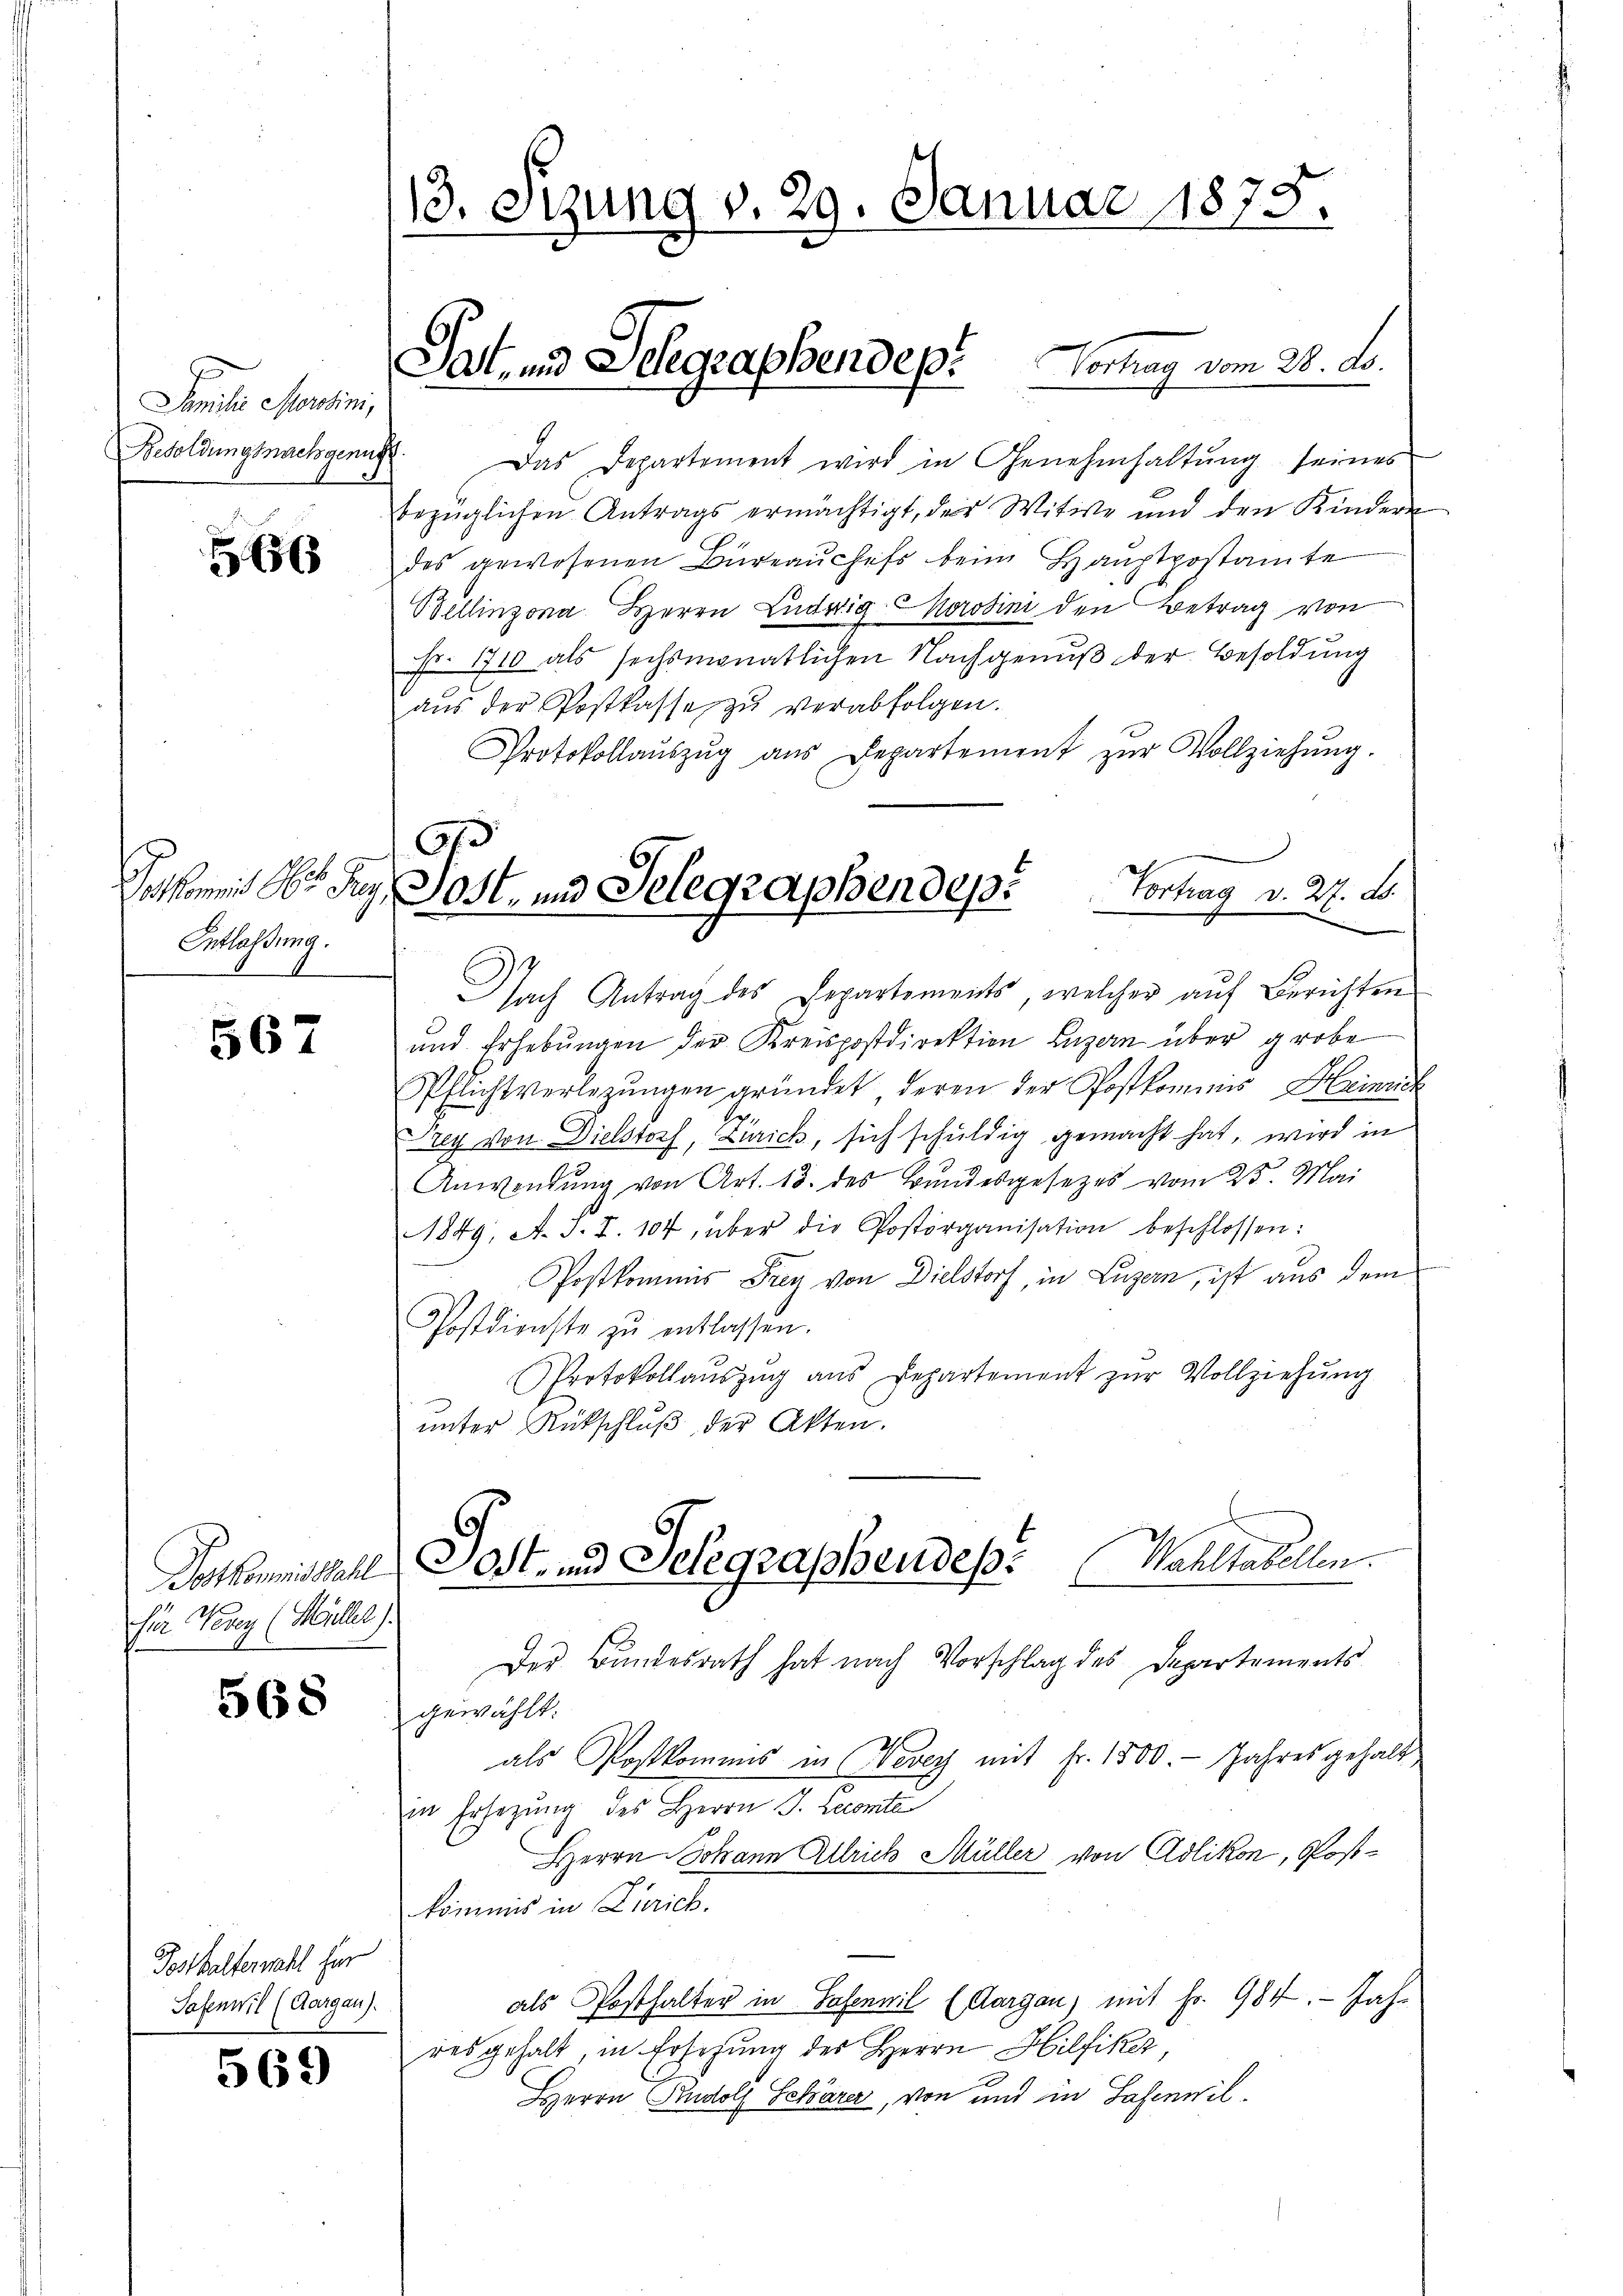
Familie Mordini,
Besoldungsnachgenugt

6

Entlassung.

567

Dotkommis Wahl
fir Krey (Müller.

568

Posthalterwahl für
Sasenwil (Aargau).

569

Das Departement wird in Genehmhaltŭng seines
bezüglichen Antrags ermächtigt, der Witwe und den Kindern
des gewesenen Büreaŭchefs beim Hauptpostamte
Bellinzona Herrn Ludwig Karolini den Betrag von
Fr. 1710 als sechsmonatlichen Nachgenuß der Besoldung
aŭs der Postkasse zŭ verabfolgen.
Protokollaŭszŭg aŭs Departement zŭr Vollziehŭng.
A
Pathes Ober der Post- und Telegraphen des Vortrag v. 27. B.

13. Sizung v. 29. Januar 1875.

Sat- und Schgraphendept vom 28. ds.

Nach Antrag des Departements, welcher auf Berichten
und Erhebungen der Kreispostdirektion Luzern über grobe
Pflichtverlegungen gründet, deren der Postkommis Heinric
Frey von Dielstorf, Zürich, sich schuldig gemacht hat, wird in
Anwendung von Art. 13. des Bundesgesezes vom 23. Mai
1849, A. J. I. 104, über die Postorganisation beschlossen:
Postkommis Frey von Dielstorf, in Luzern, ist aus dem
Postdienste zu entlassen.
Protokollaŭszŭg ans Departement zŭr Vollziehŭng
unter Rückschluß der Akten.
Dost- und Selegraphendes. Wahltabellen.
Der Bundesrath hat nach Vorschlag des Departements
gewählt:
als Postkommis in Vevey mit Fr. 1500.- Jahres gehalt,
in Ersezung des Herrn J. Lecomte
Herrn Johann Allrich Müller von Adlikon, Postkommis in Zürich.
als Posthalter in Hasenwil (Aargau, mit Fr. 984. - Jahr
res gehalt in Ersehung des Herrn Hilfiker,
HHerrn Rudolf Schärer, von und in Safinwil¬